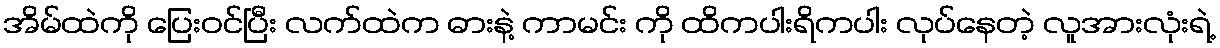
အိမ်ထဲကို ပြေးဝင်ပြီး လက်ထဲက ဓားနဲ့ ကာမင်း ကို ထိကပါးရိကပါး လုပ်နေတဲ့ လူအားလုံးရဲ့